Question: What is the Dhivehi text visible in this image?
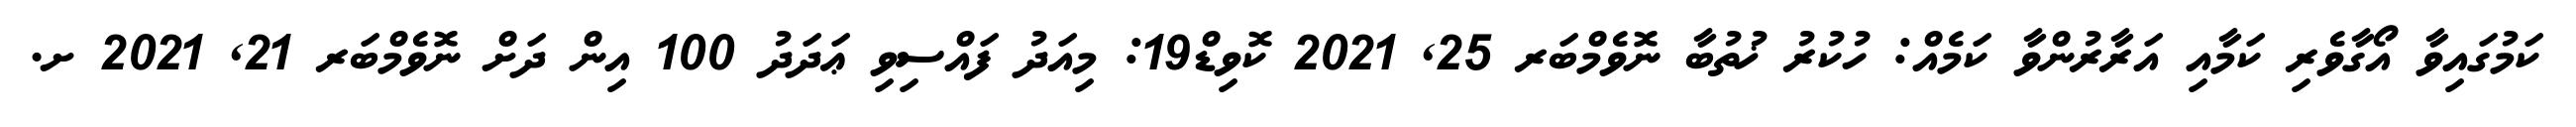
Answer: ކަމުގައިވާ އޯގާވެރި ކަމާއި އަރާރުންވާ ކަމެއް: ހުކުރު ޚުތުބާ ނޮވެމްބަރ 25, 2021 ކޮވިޑް19: މިއަދު ފައްސިވި ޢަދަދު 100 އިން ދަށް ނޮވެމްބަރ 21, 2021 ށ.